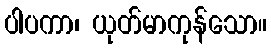
ပါပကာ၊ ယုတ်မာကုန်သော။